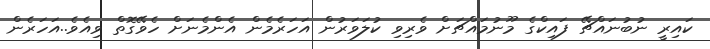
ކައިރީ ނުބުނައްޗޭ ފައިކްގެ މޫނުމައްޗަށް ވެރިވި ކުލަވަރުން އަހަރެމެން އެންމެނަށް ހެވޭގޮތް ވިއެވެ..އަހަރެން